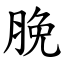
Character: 脕